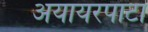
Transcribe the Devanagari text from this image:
अयायरपाटा